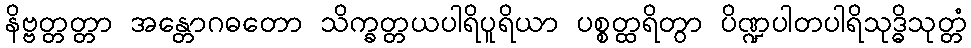
နိဗ္ဗတ္တတ္တာ အန္တောဂဓတော သိက္ခတ္တယပါရိပူရိယာ ပစ္စတ္ထရိတွာ ပိဏ္ဍပါတပါရိသုဒ္ဓိသုတ္တံ